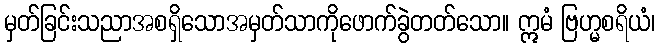
မှတ်ခြင်းသညာအစရှိသောအမှတ်သာကိုဖောက်ခွဲတတ်သော။ ဣမံ ဗြဟ္မစရိယံ၊